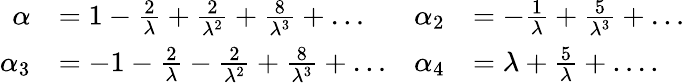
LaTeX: \begin{array}{rlrl}{\alpha}&{=1-\frac{2}{\lambda}+\frac{2}{\lambda^{2}}+\frac{8}{\lambda^{3}}+\dots}&{\alpha_{2}}&{=-\frac{1}{\lambda}+\frac{5}{\lambda^{3}}+\dots}\\ {\alpha_{3}}&{=-1-\frac{2}{\lambda}-\frac{2}{\lambda^{2}}+\frac{8}{\lambda^{3}}+\dots}&{\alpha_{4}}&{=\lambda+\frac{5}{\lambda}+\dots.}\end{array}